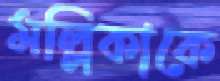
মল্লিকাকে